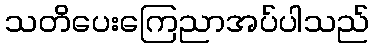
သတိပေးကြေညာအပ်ပါသည်